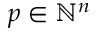
p \in \mathbb { N } ^ { n }